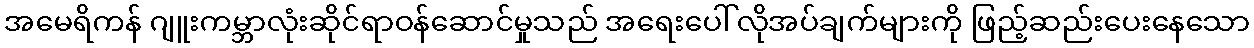
အမေရိကန် ဂျူးကမ္ဘာလုံးဆိုင်ရာဝန်ဆောင်မှုသည် အရေးပေါ်လိုအပ်ချက်များကို ဖြည့်ဆည်းပေးနေသော